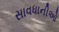
સાવધાનીઓ